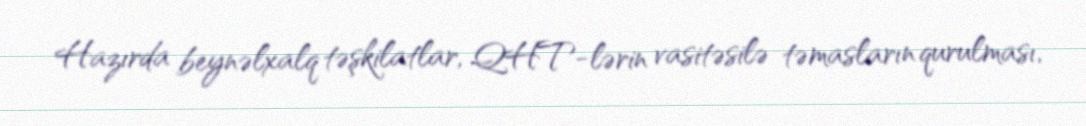
Hazırda beynəlxalq təşkilatlar, QHT-lərin vasitəsilə təmasların qurulması,